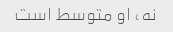
نه، او متوسط ​​است